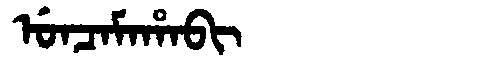
Manchu: ᡠᠨᠴᠠᠮᠠᡥᠠᠪᡳ
Romanization: UNCAMAHABI